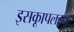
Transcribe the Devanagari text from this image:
इसकाूपलहन